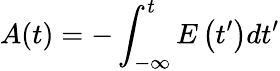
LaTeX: A(t)=-\int_{-\infty}^{t}E\left(t^{\prime}\right)dt^{\prime}